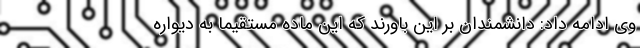
وی ادامه داد: دانشمندان بر این باورند که این ماده مستقیما به دیواره